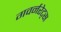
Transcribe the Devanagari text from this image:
गवर्नरेट्स